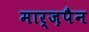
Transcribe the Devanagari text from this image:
मार्ज़पैन